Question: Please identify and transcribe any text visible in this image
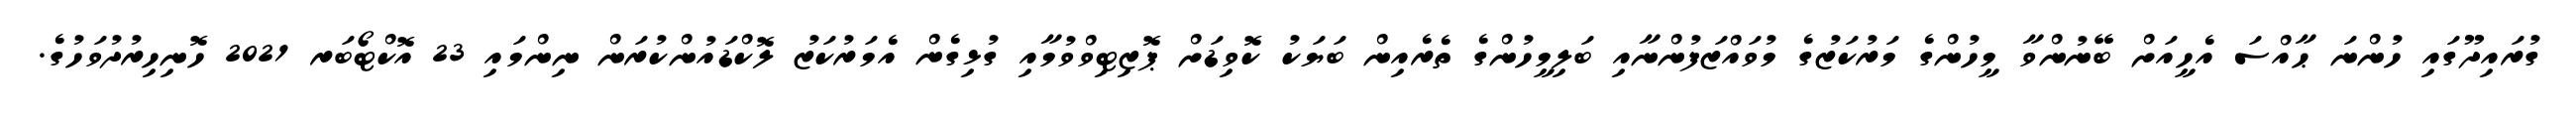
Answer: ގުރައިދޫގައި ހުންނަ ޙާއްސަ އެހީއަށް ބޭނުންވާ މީހުންގެ މަރުކަޒުގެ މުވައްޒަފުންނާއި ބަލިމީހުންގެ ތެރެއިން ބަޔަކު ކޮވިޑަށް ޕޮޒިޓިވްވުމާއި ގުޅިގެން އެމަރުކަޒު ލޮކްޑައުންކުރަން ނިންމައި 23 އޮކްޓޯބަރ 2021 ހޮނިހިރުދުވަހުގެ.